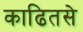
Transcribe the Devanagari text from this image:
काढितसे